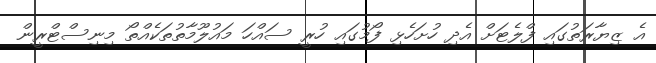
އެ ޒިޔާރަތުގައި ފްލެޓަށް އެދި ހުށަހެޅި ފޯމުގައި ހުރީ ސައްހަ މައުލޫމާތުތަކެއްތޯ މިނިސްޓްރީން